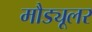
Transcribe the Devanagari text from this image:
मौड्यूलर